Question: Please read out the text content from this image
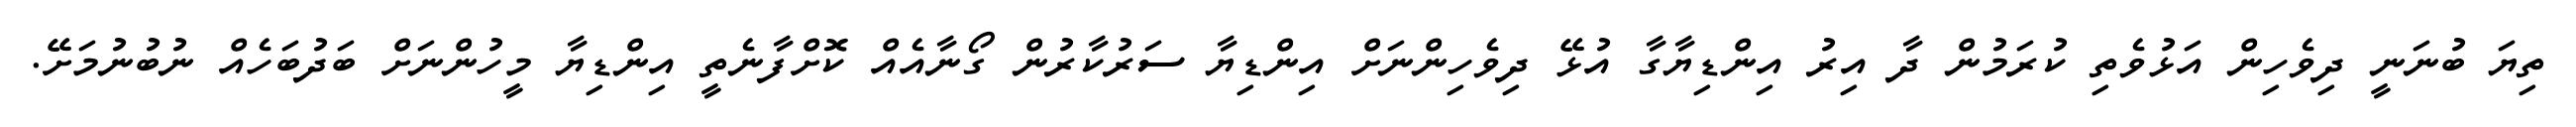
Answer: ތިޔަ ބުނަނީ ދިވެހިން އަޅުވެތި ކުރަމުން ދާ އިރު އިންޑިޔާގާ އުޅޭ ދިވެހިންނަށް އިންޑިޔާ ސަރުކާރުން ގޯނާއެއް ކޮށްފާނެތީ އިންޑިޔާ މީހުންނަށް ބަދުބަހެއް ނުބުނުމަށޭ.